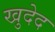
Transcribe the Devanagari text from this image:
खुदेद